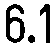
6.1